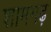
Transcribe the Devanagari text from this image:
शामगढ़